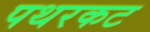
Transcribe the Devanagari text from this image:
पथरकट